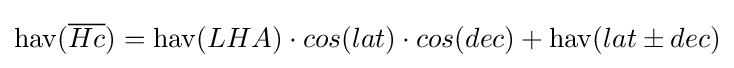
\operatorname {hav} ({\overline {Hc}})=\operatorname {hav} (LHA)\cdot cos(lat)\cdot cos(dec)+\operatorname {hav} (lat\pm dec)